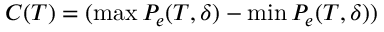
C ( T ) = ( \operatorname* { m a x } P _ { e } ( T , \delta ) - \operatorname* { m i n } P _ { e } ( T , \delta ) )